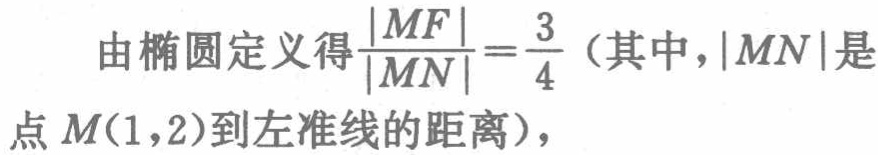
由椭圆定义得$\frac{|MF|}{|MN|}=\frac{3}{4}$（其中，$|MN|$是点$M(1,2)$到左准线的距离），